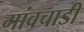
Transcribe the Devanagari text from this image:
गांवचाडी